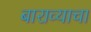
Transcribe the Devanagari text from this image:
बाराव्याचा